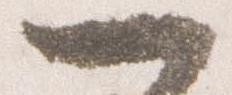
一